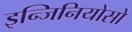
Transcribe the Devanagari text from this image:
इन्जिनियोसो